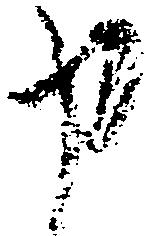
申